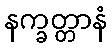
နက္ခတ္တာနံ